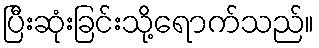
ပြီးဆုံးခြင်းသို့ရောက်သည်။